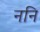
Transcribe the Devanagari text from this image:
ननि